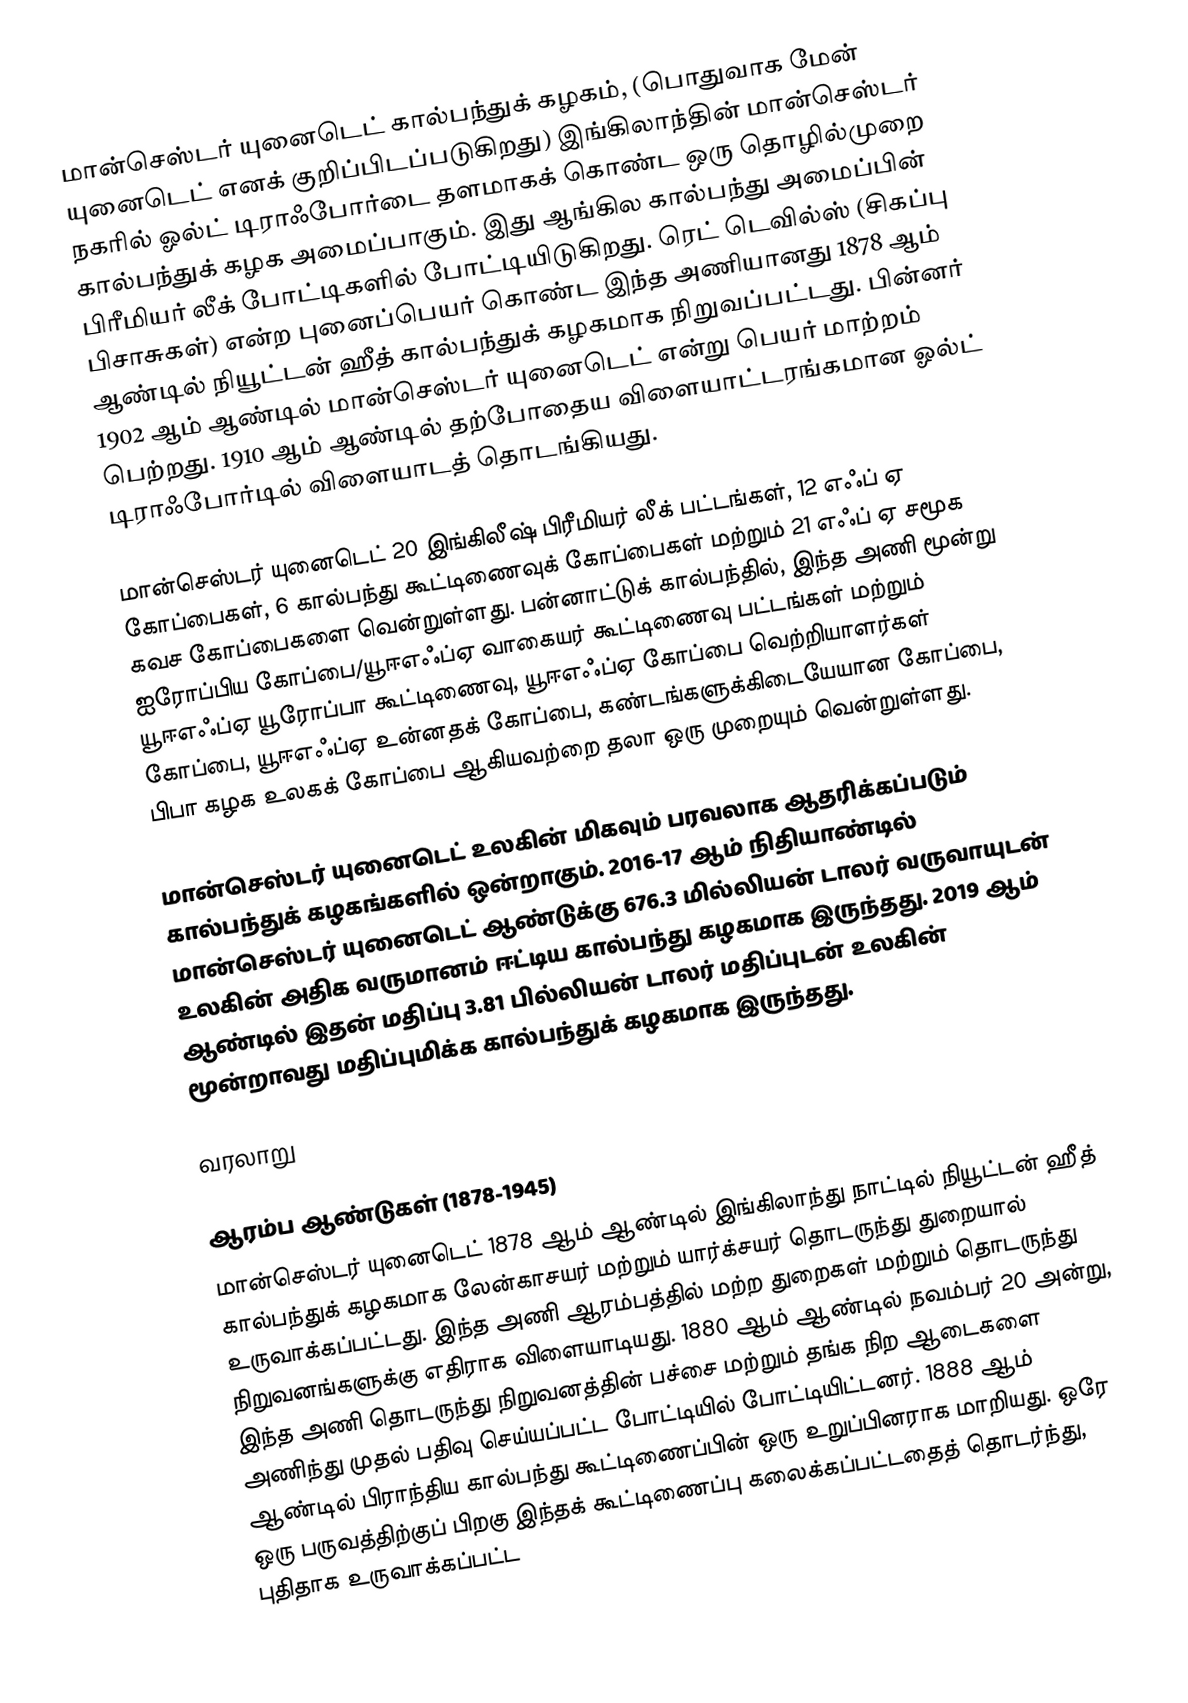
மான்செஸ்டர் யுனைடெட் கால்பந்துக் கழகம், (பொதுவாக மேன் யுனைடெட் எனக் குறிப்பிடப்படுகிறது) இங்கிலாந்தின் மான்செஸ்டர் நகரில் ஓல்ட் டிராஃபோர்டை தளமாகக் கொண்ட ஒரு தொழில்முறை கால்பந்துக் கழக அமைப்பாகும். இது ஆங்கில கால்பந்து அமைப்பின் பிரீமியர் லீக் போட்டிகளில் போட்டியிடுகிறது. ரெட் டெவில்ஸ் (சிகப்பு பிசாசுகள்) என்ற புனைப்பெயர் கொண்ட இந்த அணியானது 1878 ஆம் ஆண்டில் நியூட்டன் ஹீத் கால்பந்துக் கழகமாக நிறுவப்பட்டது. பின்னர் 1902 ஆம் ஆண்டில் மான்செஸ்டர் யுனைடெட் என்று பெயர் மாற்றம் பெற்றது. 1910 ஆம் ஆண்டில் தற்போதைய விளையாட்டரங்கமான ஓல்ட் டிராஃபோர்டில் விளையாடத் தொடங்கியது.

மான்செஸ்டர் யுனைடெட் 20 இங்கிலீஷ் பிரீமியர் லீக் பட்டங்கள், 12 எஃப் ஏ கோப்பைகள், 6 கால்பந்து கூட்டிணைவுக் கோப்பைகள் மற்றும் 21 எஃப் ஏ சமூக கவச கோப்பைகளை வென்றுள்ளது. பன்னாட்டுக் கால்பந்தில், இந்த அணி மூன்று ஐரோப்பிய கோப்பை/யூஈஎஃப்ஏ வாகையர் கூட்டிணைவு பட்டங்கள் மற்றும் யூஈஎஃப்ஏ யூரோப்பா கூட்டிணைவு, யூஈஎஃப்ஏ கோப்பை வெற்றியாளர்கள் கோப்பை, யூஈஎஃப்ஏ உன்னதக் கோப்பை, கண்டங்களுக்கிடையேயான கோப்பை, பிபா கழக உலகக் கோப்பை ஆகியவற்றை தலா ஒரு முறையும் வென்றுள்ளது.

மான்செஸ்டர் யுனைடெட் உலகின் மிகவும் பரவலாக ஆதரிக்கப்படும் கால்பந்துக் கழகங்களில் ஒன்றாகும். 2016-17 ஆம் நிதியாண்டில் மான்செஸ்டர் யுனைடெட் ஆண்டுக்கு 676.3 மில்லியன் டாலர் வருவாயுடன் உலகின் அதிக வருமானம் ஈட்டிய கால்பந்து கழகமாக இருந்தது. 2019 ஆம் ஆண்டில் இதன் மதிப்பு 3.81 பில்லியன் டாலர் மதிப்புடன் உலகின் மூன்றாவது மதிப்புமிக்க கால்பந்துக் கழகமாக இருந்தது.

வரலாறு

ஆரம்ப ஆண்டுகள் (1878-1945)
மான்செஸ்டர் யுனைடெட் 1878 ஆம் ஆண்டில் இங்கிலாந்து நாட்டில் நியூட்டன் ஹீத் கால்பந்துக் கழகமாக லேன்காசயர் மற்றும் யார்க்சயர் தொடருந்து துறையால் உருவாக்கப்பட்டது. இந்த அணி ஆரம்பத்தில் மற்ற துறைகள் மற்றும் தொடருந்து நிறுவனங்களுக்கு எதிராக விளையாடியது. 1880 ஆம் ஆண்டில் நவம்பர் 20 அன்று, இந்த அணி தொடருந்து நிறுவனத்தின் பச்சை மற்றும் தங்க நிற ஆடைகளை அணிந்து முதல் பதிவு செய்யப்பட்ட போட்டியில் போட்டியிட்டனர். 1888 ஆம் ஆண்டில் பிராந்திய கால்பந்து கூட்டிணைப்பின் ஒரு உறுப்பினராக மாறியது. ஒரே ஒரு பருவத்திற்குப் பிறகு இந்தக் கூட்டிணைப்பு கலைக்கப்பட்டதைத் தொடர்ந்து, புதிதாக உருவாக்கப்பட்ட